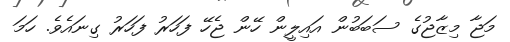
މަޖާ މިޒާޖުގެ ސަބަބުން އައިލީން ހޭން ޖެހޭ ފަހަރު ފަހަރު ގިނައެވެ. ހަމަ